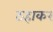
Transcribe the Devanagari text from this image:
ठहाकर